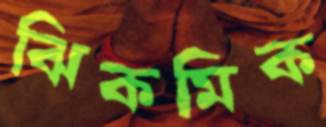
ঝিকমিক